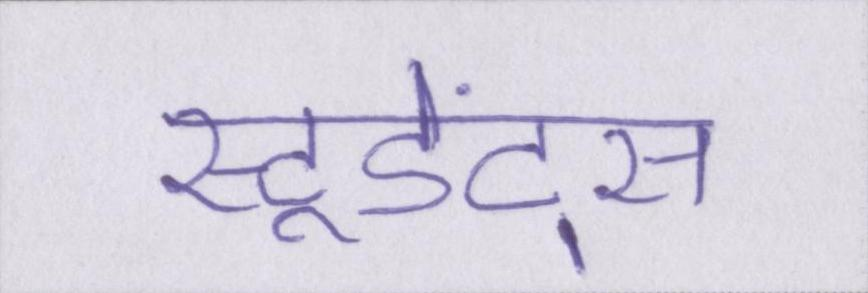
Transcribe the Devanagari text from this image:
स्टूडेंट्स